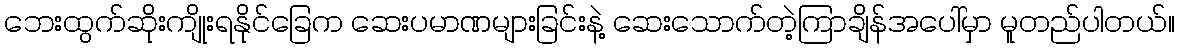
ဘေးထွက်ဆိုးကျိုးရနိုင်ခြေက ဆေးပမာဏများခြင်းနဲ့ ဆေးသောက်တဲ့ကြာချိန်အပေါ်မှာ မူတည်ပါတယ်။